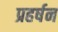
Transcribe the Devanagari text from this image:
प्रहर्षन